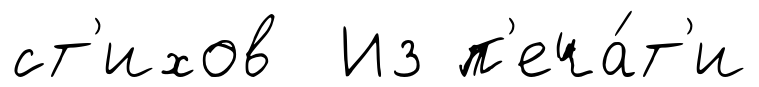
ст'ихов Из п'еча́т'и